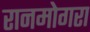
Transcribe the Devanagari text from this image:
रानमोगरा